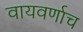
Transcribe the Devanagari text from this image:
वायवर्णाच